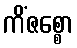
ကိံဇစ္စော